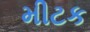
મીટક